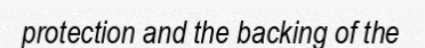
protection and the backing of the